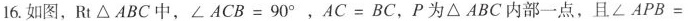
16.如图，Rt\triangle ABC中，$$\angle ACB=90^{\circ}$$，$$AC=BC$$，P为\triangle ABC内部一点，且\angle APB=